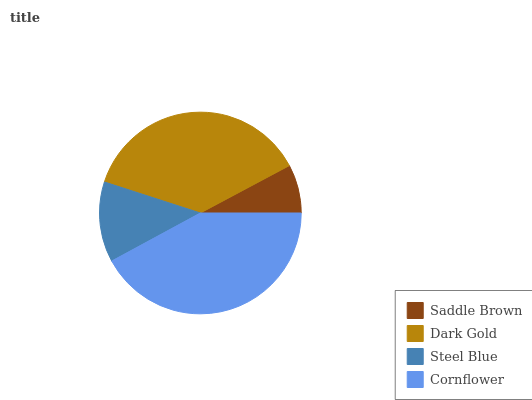
| Saddle Brown | Dark Gold | Steel Blue | Cornflower |
 | --- | --- | --- | --- |
 | 7.79% | 37.2% | 12.9% | 42.1% |